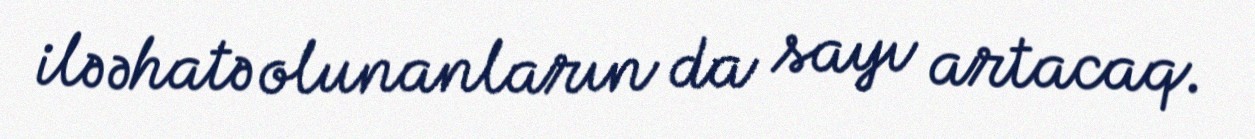
ilə əhatə olunanların da sayı artacaq.